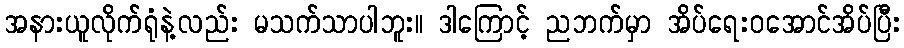
အနားယူလိုက်ရုံနဲ့လည်း မသက်သာပါဘူး။ ဒါကြောင့် ညဘက်မှာ အိပ်ရေးဝအောင်အိပ်ပြီး